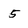
Character: 5